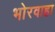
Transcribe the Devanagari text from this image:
भोरवाहा